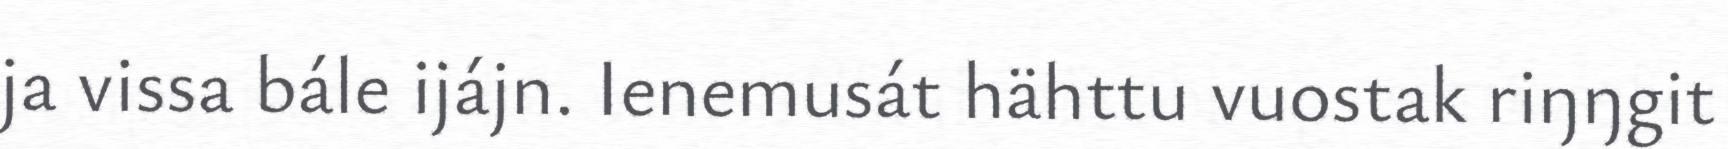
ja vissa bále ijájn. Ienemusát hähttu vuostak riŋŋgit